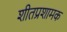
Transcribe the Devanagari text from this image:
शीतप्रशामक